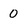
Character: 0